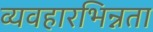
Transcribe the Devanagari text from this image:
व्यवहारभिन्नता